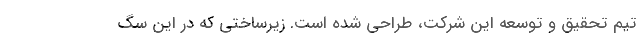
تیم تحقیق و توسعه این شرکت، طراحی شده است. زیرساختی که در این سگ